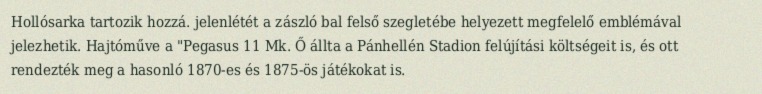
Hollósarka tartozik hozzá. jelenlétét a zászló bal felső szegletébe helyezett megfelelő emblémával jelezhetik. Hajtóműve a "Pegasus 11 Mk. Ő állta a Pánhellén Stadion felújítási költségeit is, és ott rendezték meg a hasonló 1870-es és 1875-ös játékokat is.